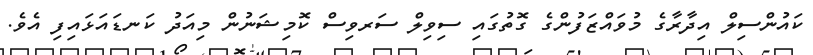
ކައުންސިލް އިދާރާގެ މުވައްޒަފުންގެ ގޮތުގައި ސިވިލް ސަރވިސް ކޮމިޝަނުން މިއަދު ކަނޑައަޅައިފި އެވެ.